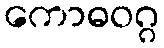
ကောဓဝဂ္ဂ